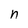
Character: n